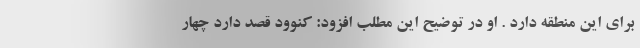
برای این منطقه دارد . او در توضیح این مطلب افزود: کنوود قصد دارد چهار